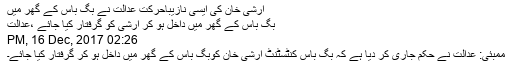
ارشی خان کی ایسی نازیباحرکت عدالت نے بگ باس کے گھر میں
بگ باس کے گھر میں داخل ہو کر ارشی کو گرفتار کیا جائے ،عدالت
02:26 PM, 16 Dec, 2017
ممبئی: عدالت نے حکم جاری کر دیا ہے کہ بگ باس کنٹسٹنٹ ارشی خان کوبگ باس کے گھر میں داخل ہو کر گرفتار کیا جائے۔